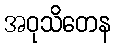
အဝုသိတေန